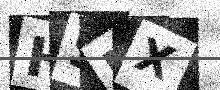
Text: HSIX